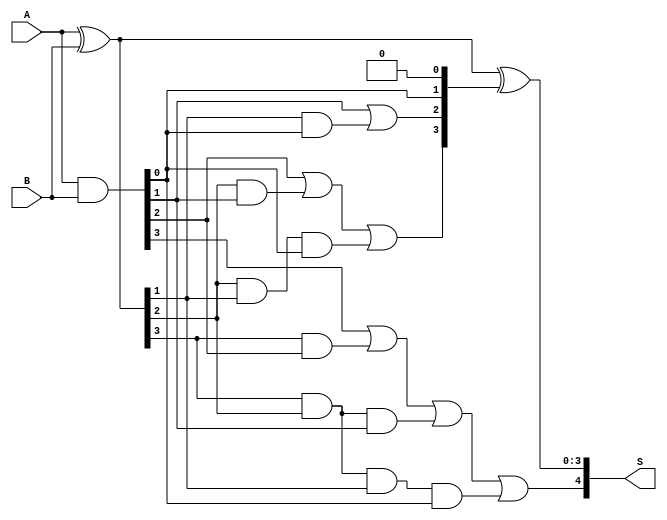

module CLA_4b (
  input [3:0] A, B,
  output [4:0] S
);

  wire [3:0] P, G, C;
  
  assign P = A ^ B;
  assign G = A & B;

  assign C[0] = 1'b0;
  assign C[1] = G[0];
  assign C[2] = G[1] | (P[1] & G[0]);
  assign C[3] = G[2] | (P[2] & G[1]) | (P[2] & P[1] & G[0]);
  assign S[4] = G[3] | (P[3] & G[2]) | (P[3] & P[2] & G[1]) | 
               (P[3] & P[2] & P[1] & G[0]);

  assign S[3:0] = P ^ C;

endmodule